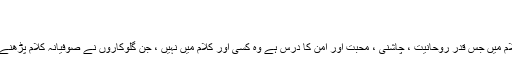
انہوں نے…
صوفیانہ کلام میں امن کا درس ہے ، شوکت علی
نامور گلوکار شوکت علی نے کہا ہے کہ صوفیانہ کلام میں جس قدر روحانیت ، چاشنی ، محبت اور امن کا درس ہے وہ کسی اور کلام میں نہیں ، جن گلوکاروں نے صوفیانہ کلام پڑھنے کو ترجیح دی آج وہ معاشرے میں مقام رکھتے ہیں ۔